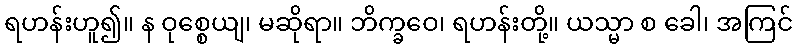
ရဟန်းဟူ၍။ န ဝုစ္စေယျ၊ မဆိုရာ။ ဘိက္ခဝေ၊ ရဟန်းတို့။ ယသ္မာ စ ခေါ၊ အကြင်